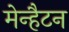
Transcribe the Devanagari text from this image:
मेन्हैटन